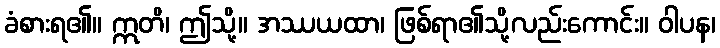
ခံစားရ၏။ ဣတိ၊ ဤသို့။ အဿယထာ၊ ဖြစ်ရာ၏သို့လည်းကောင်း။ ဝါပန၊